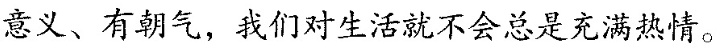
意义、有朝气，我们对生活就不会总是充满热情。